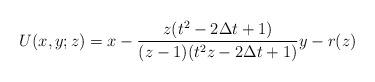
LaTeX: \begin{align*}U(x,y;z) = x - \frac{z(t^2-2\Delta t+1)}{(z-1)(t^2 z -2\Delta t +1)}y-r(z)\end{align*}